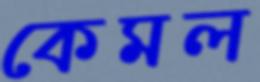
কেমল